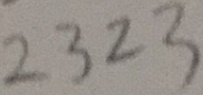
2 3 2 3